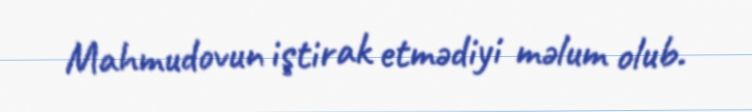
Mahmudovun iştirak etmədiyi məlum olub.